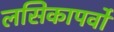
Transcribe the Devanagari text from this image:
लसिकापर्वों